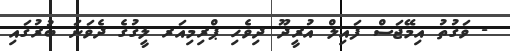
- ވަގުތު އިމޭޖަސް ފައިލް އުރީދޫ ދިވެހި ޕްރިމިއަރ ލީގުގެ ދެވަނަ ބުރުގައި